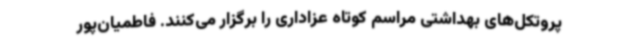
پروتکل‌های بهداشتی مراسم کوتاه عزاداری را برگزار می‌کنند. فاطمیان‌پور